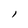
Character: l